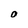
Character: O